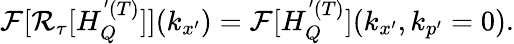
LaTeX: \begin{array}{r}{\mathcal{F}[\mathcal{R}_{\tau}[H_{Q}^{'(T)}]](k_{x^{\prime}})=\mathcal{F}[H_{Q}^{'(T)}](k_{x^{\prime}},k_{p^{\prime}}=0).}\end{array}